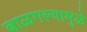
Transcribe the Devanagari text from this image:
बाळगल्यामुळे